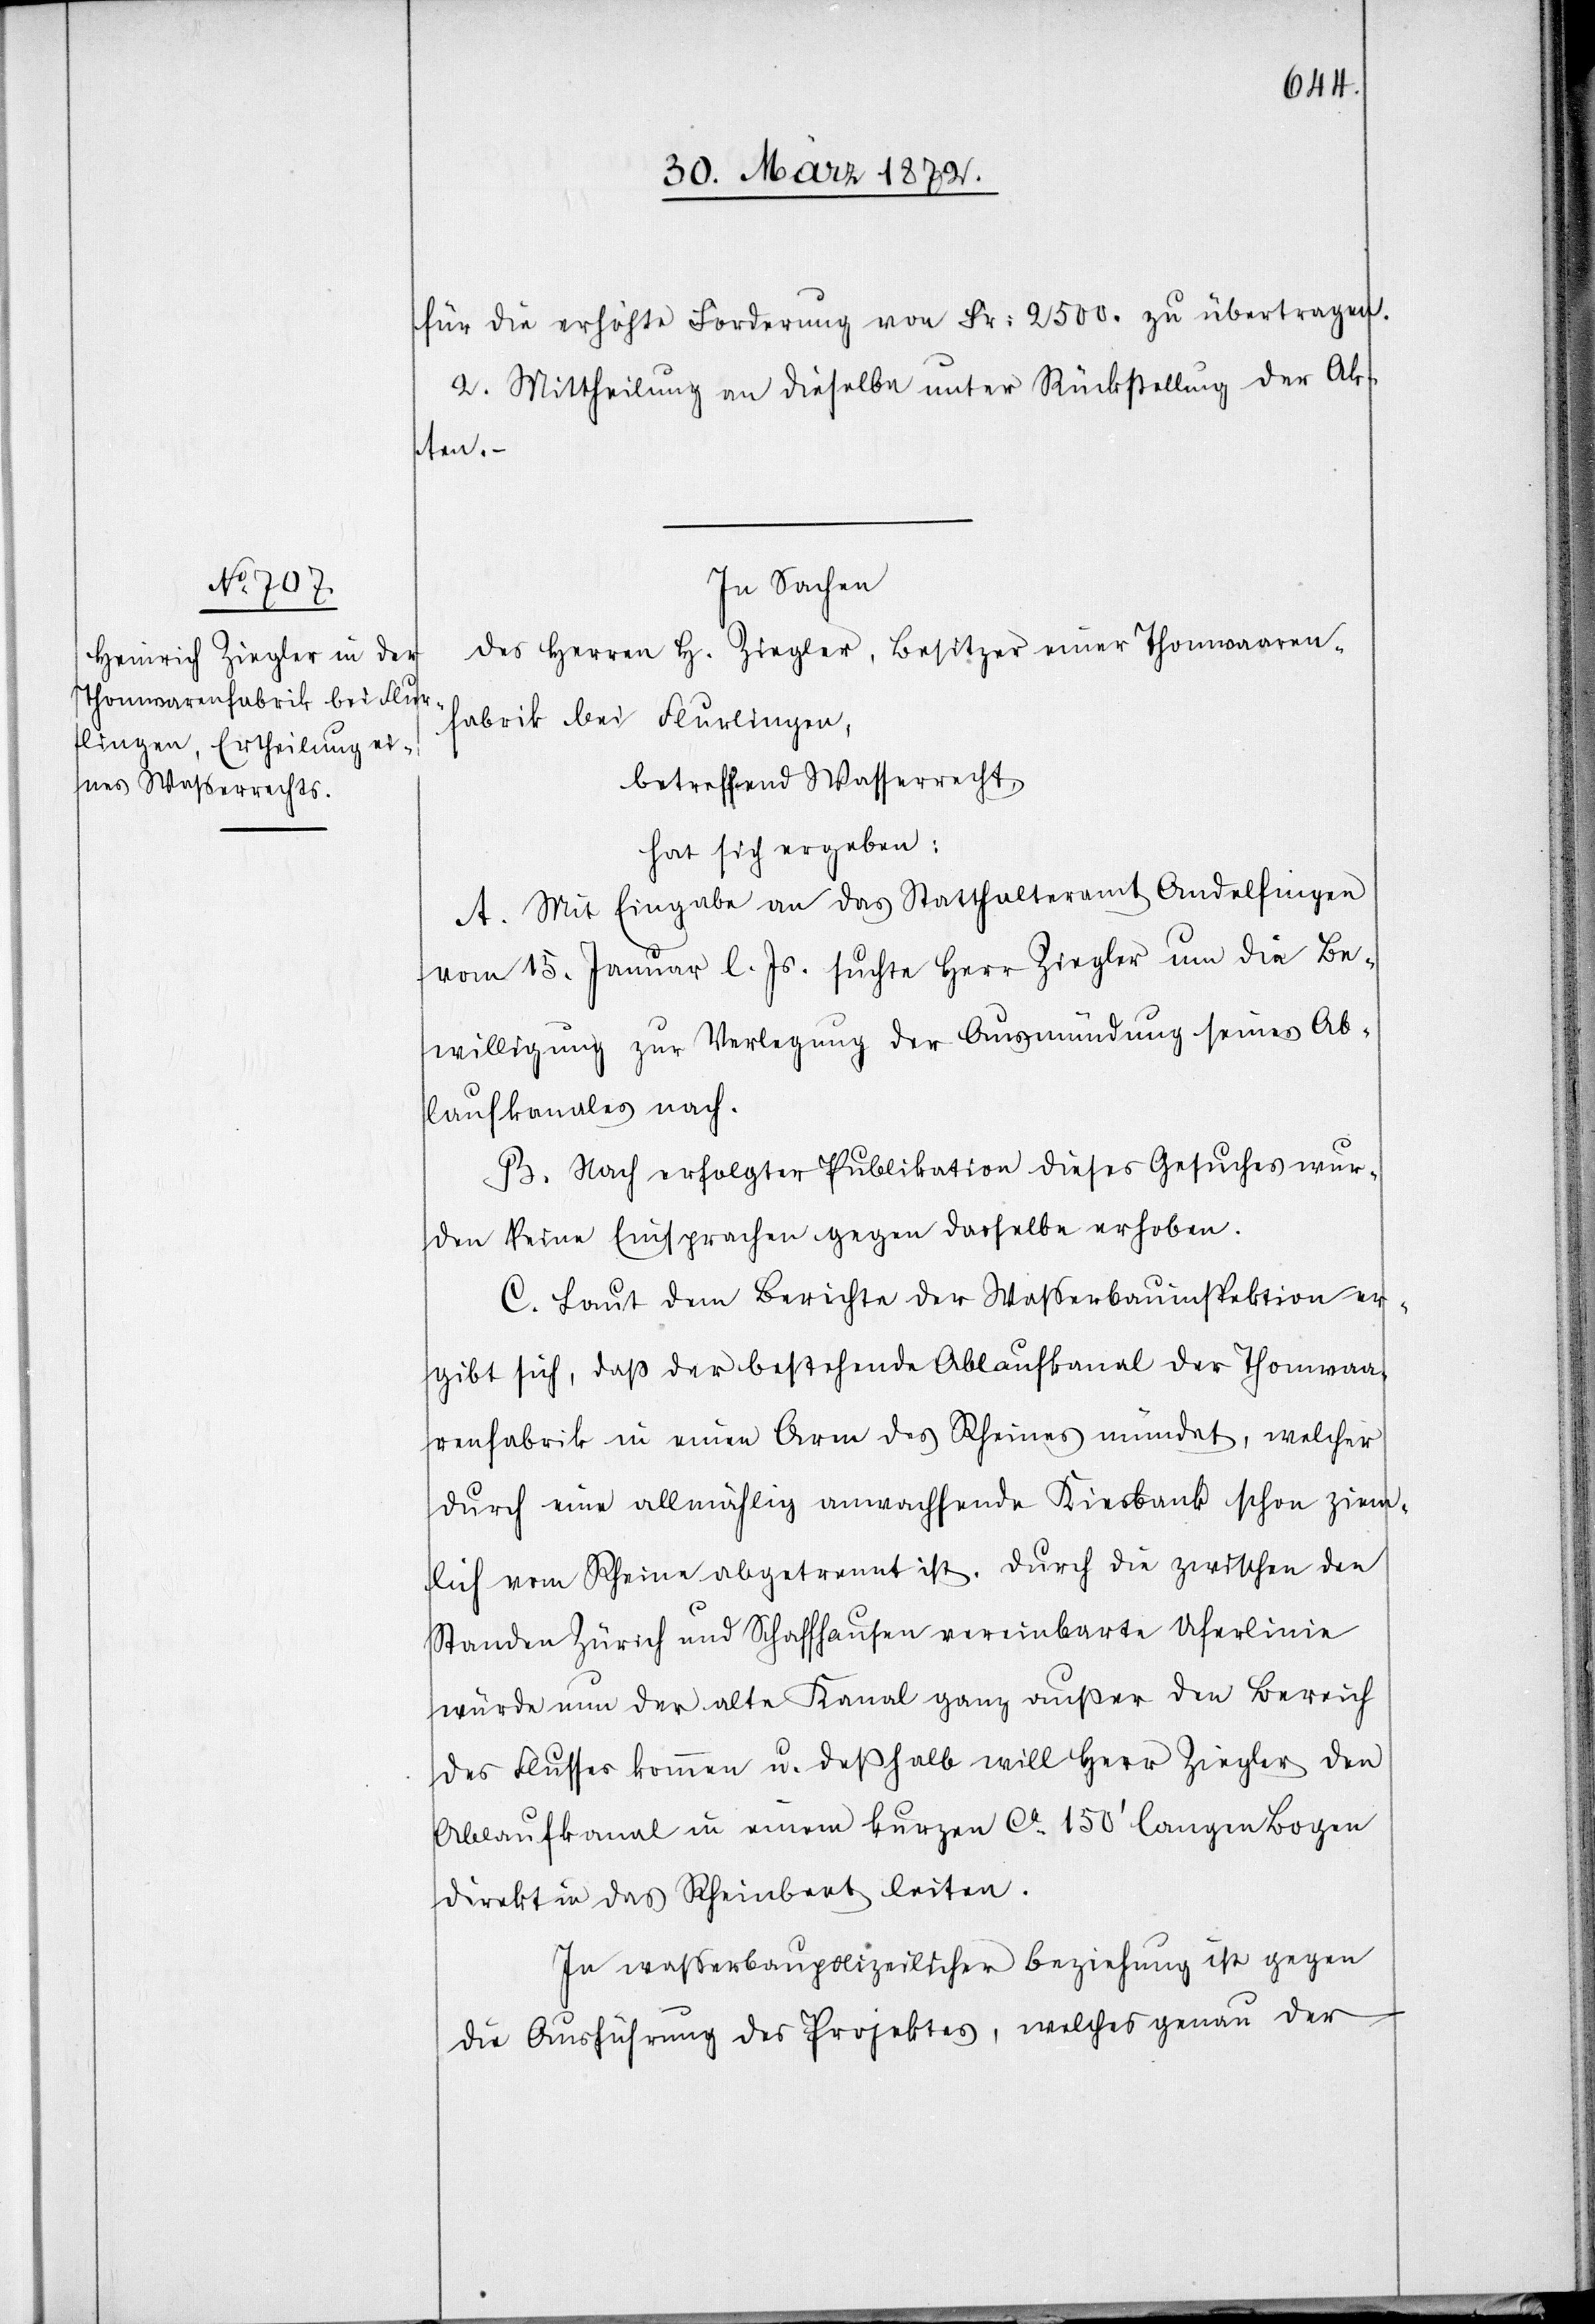
für die erhöhte Forderung von Fr: 2500. zu übertragen.
2. Mittheilung an dieselbe unter Rückstellung der Ak¬
ten.
In Sachen
des Herren H. Ziegler, Besitzer einer Thonwaaren¬
fabrik bei Flurlingen,
betreffend Wasserrecht,
hat sich ergeben:
A. Mit Eingabe an das Statthalteramt Andelfingen
vom 15. Januar l. Js. suchte Herr Ziegler um die Be¬
willigung zur Verlegung der Ausmündung seines Ab¬
laufkanales nach.
B. Nach erfolgter Publikation dieses Gesuches wur¬
den keine Einsprachen gegen dasselbe erhoben.
C. Laut dem Berichte der Wasserbauinspektion er¬
gibt sich, daß der bestehende Ablaufkanal der Thonwaa¬
renfabrik in einen Arm des Rheines mündet, welcher
durch eine allmählig [sic!] anwachsende Kiesbank schon ziem¬
lich vom Rheine abgetrennt ist. Durch die zwischen den
St[ä]nden Zürich und Schaffhausen vereinbarte Uferlinie
würde nun der alte Kanal ganz außer den Bereich
des Flusses kommen u. deßhalb will Herr Ziegler den
Ablaufkanal in einem kurzen ca 150’ langen Bogen
direkt in das Rheinbeet [sic!] leiten.
In wasserbaupolizeilicher Beziehung ist gegen
die Ausführung des Projektes, welches genau der